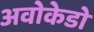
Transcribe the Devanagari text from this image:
अवोकेडो